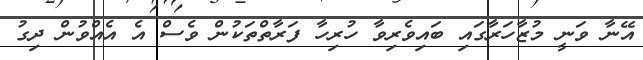
އޭނާ ވަނީ މުޒާހަރާގައި ބައިވެރިވާ ހުރިހާ ފަރާތްތަކުން ވެސް އެ އެއްވުން ދިގު